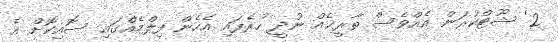
2' ޝޫޓްކުރަން އެއްވެސް ތާރީޚެއް ނުދީ ހުރެފައި އެހެން ފިލްމެއްގައި ސޮއިކޮށް އެ